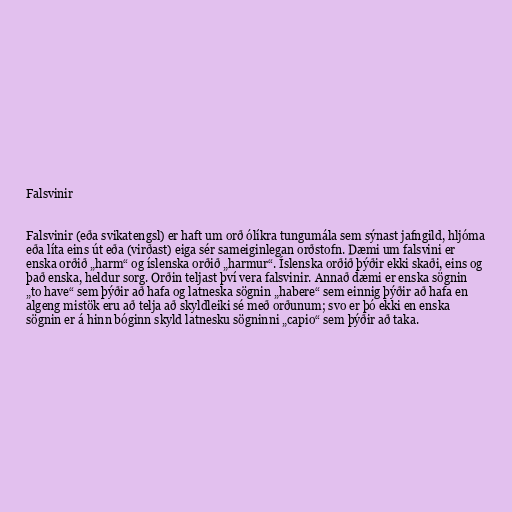
Falsvinir

Falsvinir (eða svikatengsl) er haft um orð ólíkra tungumála sem sýnast jafngild, hljóma
eða líta eins út eða (virðast) eiga sér sameiginlegan orðstofn. Dæmi um falsvini er
enska orðið „harm“ og íslenska orðið „harmur“. Íslenska orðið þýðir ekki skaði, eins og
það enska, heldur sorg. Orðin teljast því vera falsvinir. Annað dæmi er enska sögnin
„to have“ sem þýðir að hafa og latneska sögnin „habere“ sem einnig þýðir að hafa en
algeng mistök eru að telja að skyldleiki sé með orðunum; svo er þó ekki en enska
sögnin er á hinn bóginn skyld latnesku sögninni „capio“ sem þýðir að taka.